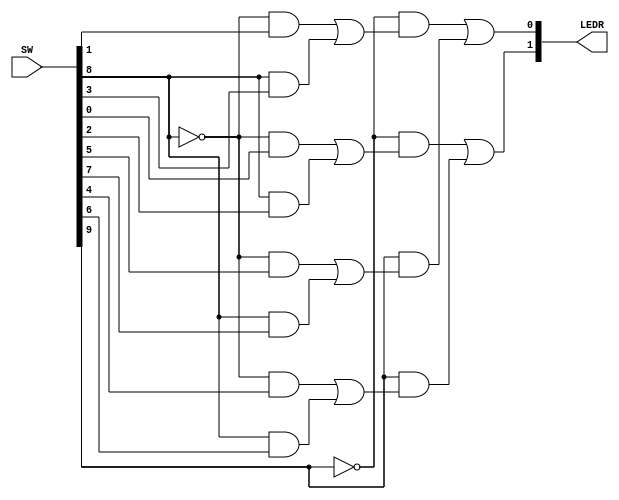
// 
// Lab Part 3
// Neil Nie (c) 2018
// 

module Part3(
	
	SW,
	LEDR

);

input [9:0] SW;
output [1:0] LEDR;

wire [1:0] U;
wire [1:0] V;
wire [1:0] W;
wire [1:0] X;
wire [1:0] out;
wire [1:0] sel;
wire [1:0] buffer_1;
wire [1:0] buffer_2;

assign U = SW[1:0];
assign V = SW[3:2];
assign W = SW[5:4];
assign X = SW[7:6];
assign sel = SW[9:8];

assign buffer_1[1] = (~sel[0] & U[1]) | (sel[0] & V[1]);
assign buffer_1[0] = (~sel[0] & U[0]) | (sel[0] & V[0]);
assign buffer_2[1] = (~sel[0] & W[1]) | (sel[0] & X[1]);
assign buffer_2[0] = (~sel[0] & W[0]) | (sel[0] & X[0]);

assign LEDR[1] = (~sel[1] & buffer_1[0]) | (sel[1] & buffer_2[0]);
assign LEDR[0] = (~sel[1] & buffer_1[1]) | (sel[1] & buffer_2[1]);

endmodule